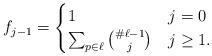
\begin{align*}f_{j-1} = \begin{cases} 1 & j = 0\\\sum_{p \in \ell} \binom{\# \ell - 1}{j} & j \ge 1. \end{cases}\end{align*}